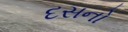
દસનો